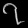
Digit: ၇